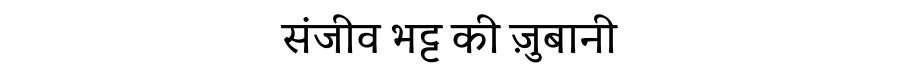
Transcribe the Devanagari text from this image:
संजीव भट्ट की ज़ुबानी